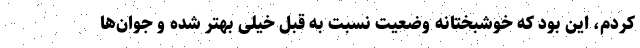
کردم، این بود که خوشبختانه وضعیت نسبت به قبل خیلی بهتر شده و جوان‌ها